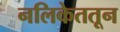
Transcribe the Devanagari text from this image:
नलिकेततून